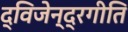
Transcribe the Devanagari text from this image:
द्विजेन्द्रगीति